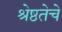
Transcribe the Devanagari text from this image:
श्रेष्ठतेचे